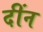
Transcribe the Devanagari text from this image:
दींन